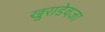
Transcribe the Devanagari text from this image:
खुराडेवजा